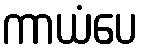
ကာယံပေ